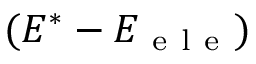
( E ^ { \ast } - E _ { \mathrm { ~ e ~ l ~ e ~ } } )